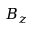
B _ { z }